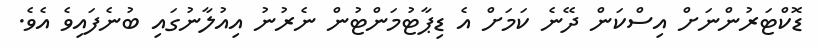
ޑޮކްޓަރުންނަށް އިސްކަން ދޭނެ ކަމަށް އެ ޑިޕާޓުމަންޓުން ނެރުނު އިއުލާނުގައި ބުނެފައިވެ އެވެ.